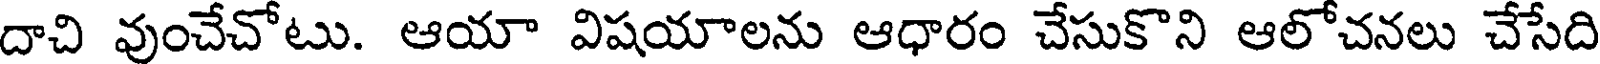
దాచి వుంచేచోటు. ఆయా విషయాలను ఆధారం చేసుకొని ఆలోచనలు చేసేది